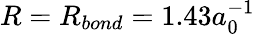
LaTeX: R=R_{bond}=1.43a_{0}^{-1}